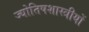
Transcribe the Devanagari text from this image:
ज्योतिषशास्त्रीयों